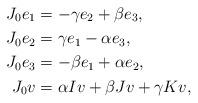
LaTeX: \begin{align*}J_0e_1&=-\gamma e_2+\beta e_3,\\ J_0e_2&=\gamma e_1-\alpha e_3,\\ J_0e_3&=-\beta e_1+\alpha e_2,\\ J_0v&=\alpha Iv+\beta Jv+\gamma Kv,\end{align*}